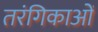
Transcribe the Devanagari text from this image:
तरंगिकाओं